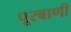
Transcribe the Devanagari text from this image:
पूरबाणी